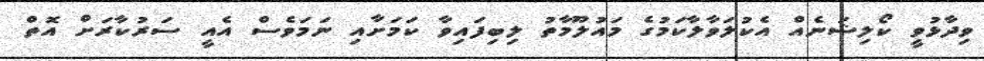
ވިދާޅުވީ ކޯލިޝަނެއް އެކުލަވާލާކަމުގެ މައުލޫމާތު ލިބިފައިވާ ކަމަށާއި ނަމަވެސް އެއީ ސަރުކާރަށް އޮތް